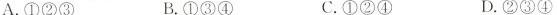
A.①②③ B.①③④ C.①②④ D.②③④